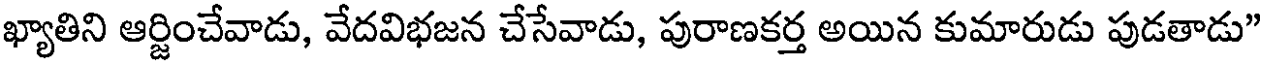
ఖ్యాతిని ఆర్జించేవాడు, వేదవిభజన చేసేవాడు, పురాణకర్త అయిన కుమారుడు పుడతాడు"